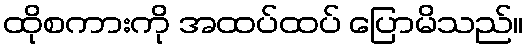
ထိုစကားကို အထပ်ထပ် ပြောမိသည်။